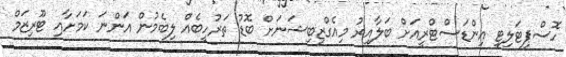
ހޮސްޕިޓަލިޓީ އިންޑަސްޓްރީއަށް ބަލާއިރު މިއެގްޒިބިޝަނަށް ބޮޑު ތަރުހީބެއް ލިބެމުން އަންނަ ކަމަށާއި ޓޫރިޒަމް